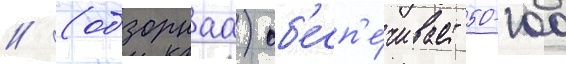
// (обзорнаа) об'есп'е́чивает 50-100